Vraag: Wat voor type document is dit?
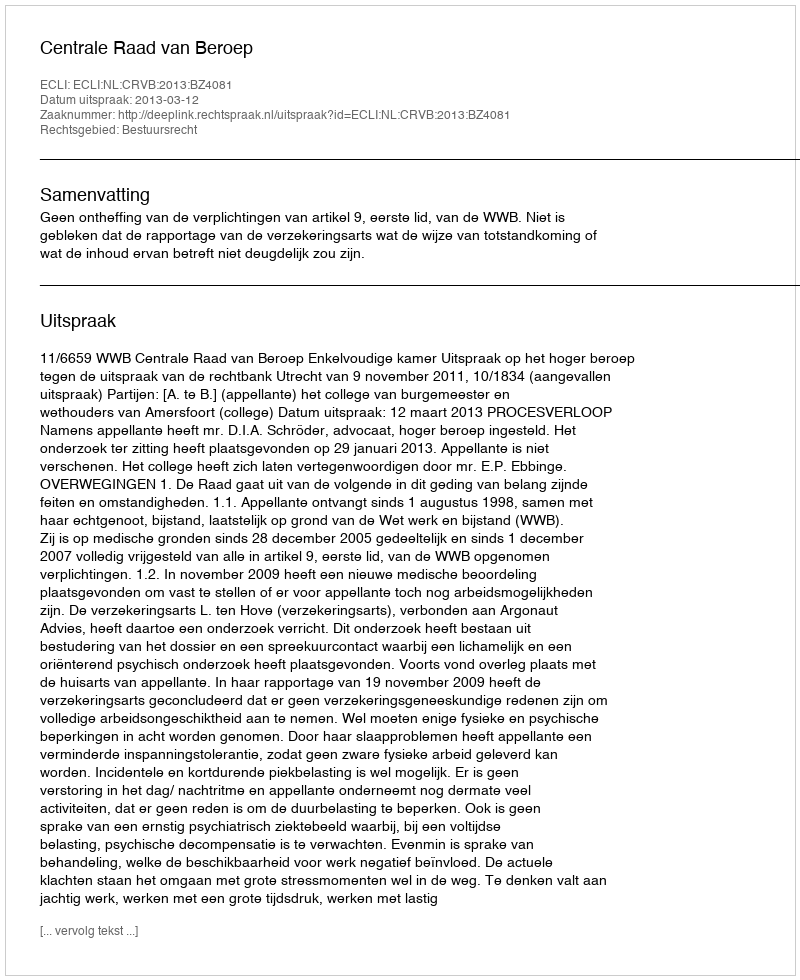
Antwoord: Uitspraak